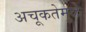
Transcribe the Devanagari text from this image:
अचूकतेमुळे